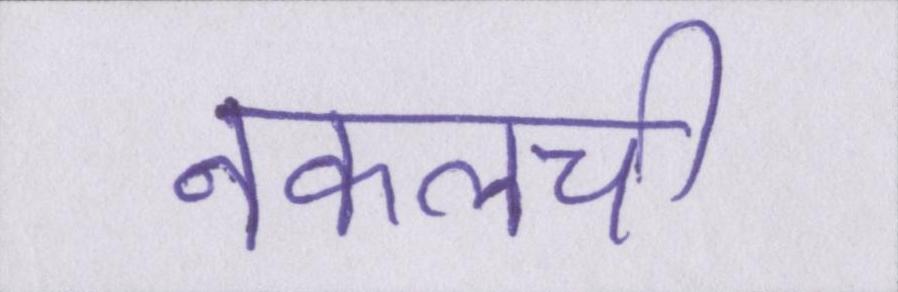
नकलची